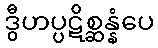
ဒွီဟပ္ပဋိစ္ဆန္နံပေ